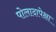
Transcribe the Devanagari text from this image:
पोलादापेक्षा